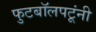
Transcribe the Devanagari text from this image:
फुटबॉलपटूंनी